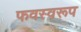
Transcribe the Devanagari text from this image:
फवस्वरूप